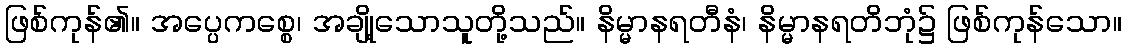
ဖြစ်ကုန်၏။ အပ္ပေကစ္စေ၊ အချို့သောသူတို့သည်။ နိမ္မာနရတီနံ၊ နိမ္မာနရတိဘုံ၌ ဖြစ်ကုန်သော။